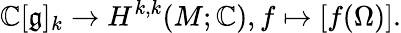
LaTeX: \mathbb{C}[{\mathfrak{g}}]_{k}\to H^{k,k}(M;\mathbb{C}),f\mapsto[f(\Omega)].